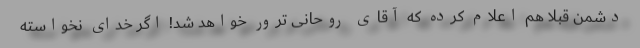
دشمن قبلا هم اعلام کرده که آقای روحانی ترور خواهد شد! اگر خدای نخواسته